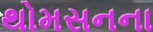
થોમસનના